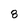
Character: 8